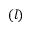
( l )